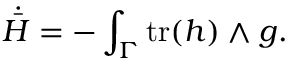
\dot { \bar { H } } = - \int _ { \Gamma } \mathrm { t r } ( h ) \wedge g .